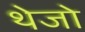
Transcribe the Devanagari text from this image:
थेजो